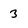
Character: 3